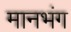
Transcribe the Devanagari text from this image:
मानभंग